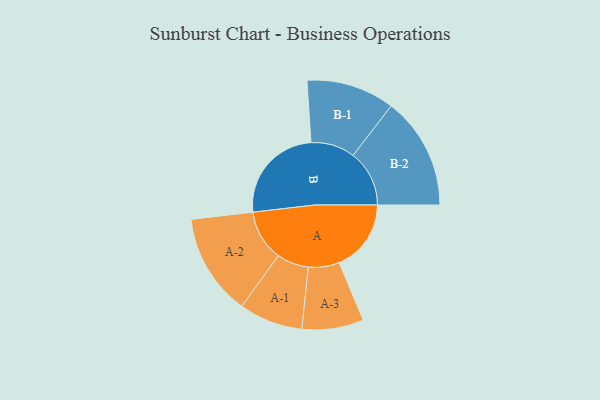
{"axis": {"x": "Segment", "y": "Value"}, "legend": ["", "A", "B"], "data": [{"x": "A", "y": 341, "type": ""}, {"x": "B", "y": 471, "type": ""}, {"x": "A-1", "y": 151, "type": "A"}, {"x": "A-2", "y": 241, "type": "A"}, {"x": "A-3", "y": 146, "type": "A"}, {"x": "B-1", "y": 209, "type": "B"}, {"x": "B-2", "y": 266, "type": "B"}]}